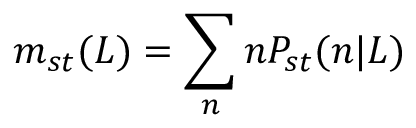
m _ { s t } ( L ) = \sum _ { n } n P _ { s t } ( n | L )